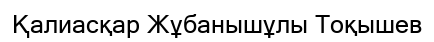
Қалиасқар Жұбанышұлы Тоқышев